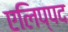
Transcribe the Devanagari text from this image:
एलिप्पद